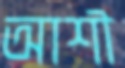
আশী